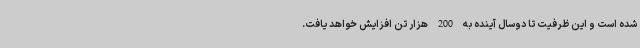
شده است و این ظرفیت تا دوسال آینده به 200 هزار تن افزایش خواهد یافت.